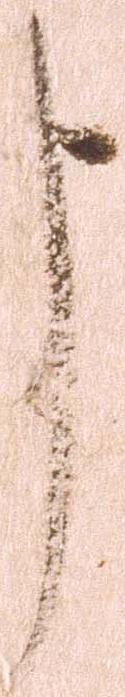
申